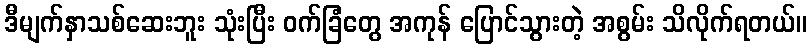
ဒီမျက်နှာသစ်ဆေးဘူး သုံးပြီး ဝက်ခြံတွေ အကုန် ပြောင်သွားတဲ့ အစွမ်း သိလိုက်ရတယ်။